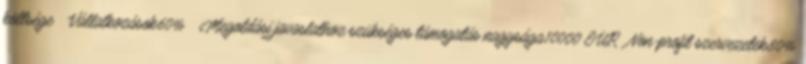
költsége ▪Vállalkozások60% ▪Megoldási javaslathoz szükséges támogatás nagysága10000 EUR▪Non-profit szervezetek80%